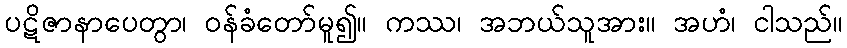
ပဋိဇာနာပေတွာ၊ ဝန်ခံတော်မူ၍။ ကဿ၊ အဘယ်သူအား။ အဟံ၊ ငါသည်။